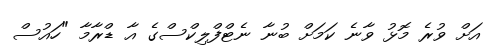
އަށް ވުރެ މޮޅު ވާނެ ކަމަށް ބުނާ ނެޓްފްލިކްސްގެ އާ ޑްރާމާ "ހައުސް